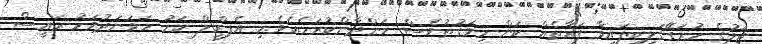
ޖަލުގެ ހުރަގޭގަލިބިފައިވާ ފަރާތެއް ކަން މިވަގުތުވެސް ހަންދާންކުރަމެއެވެ.މި އެޕްރީލް މަހު ހަވަނަދުވަހު ރައީސް